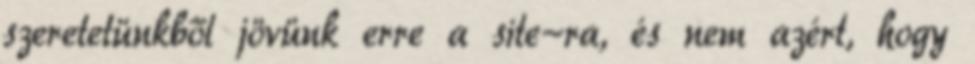
szeretetünkből jövünk erre a site-ra, és nem azért, hogy